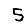
Digit: 5